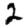
Digit: 2